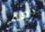
نعم